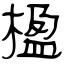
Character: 楹